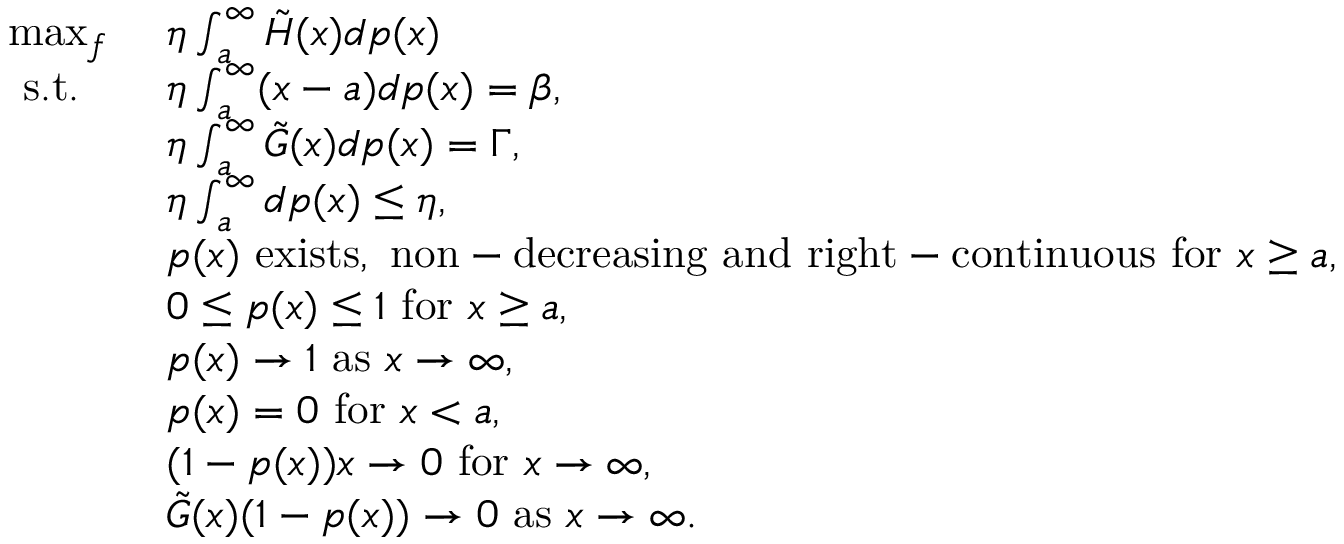
\begin{array} { r l } { \operatorname* { m a x } _ { f } \ } & { \eta \int _ { a } ^ { \infty } \tilde { H } ( x ) d p ( x ) } \\ { \mathrm { ~ s . t . ~ } \ \ } & { \eta \int _ { a } ^ { \infty } ( x - a ) d p ( x ) = \beta , } \\ & { \eta \int _ { a } ^ { \infty } \tilde { G } ( x ) d p ( x ) = \Gamma , } \\ & { \eta \int _ { a } ^ { \infty } d p ( x ) \leq \eta , } \\ & { p ( x ) \ \mathrm { e x i s t s , ~ n o n - d e c r e a s i n g ~ a n d ~ r i g h t - c o n t i n u o u s ~ f o r ~ } x \geq a , } \\ & { 0 \leq p ( x ) \leq 1 \ \mathrm { f o r } \ x \geq a , } \\ & { p ( x ) \rightarrow 1 \ \mathrm { a s } \ x \rightarrow \infty , } \\ & { p ( x ) = 0 \ \mathrm { f o r } \ x < a , } \\ & { ( 1 - p ( x ) ) x \rightarrow 0 \ \mathrm { f o r } \ x \rightarrow \infty , } \\ & { \tilde { G } ( x ) ( 1 - p ( x ) ) \rightarrow 0 \ \mathrm { a s } \ x \rightarrow \infty . } \end{array}